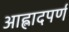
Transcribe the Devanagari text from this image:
आह्लादपर्ण